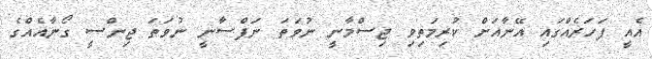
އެއީ ފަހަރެއްގައި އޭނާއަށް ކުރިމަތިވި ޖިސްމާނީ ނުވަތަ ނަފްސާނީ ނުވަތަ ޖިންސީ ގޯނާއެއްގެ